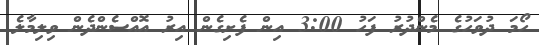
ހޯމަ ދުވަހުގެ މެންދުރު ފަހު 3:00 އިން ފެށިގެން އިރު އޮއްސެންދެން ވިލިމާލެ